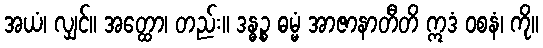
အယံ၊ လျှင်။ အတ္ထော၊ တည်း။ ဒန္ဓဉ္စ ဓမ္မံ အာဇာနာတီတိ ဣဒံ ဝစနံ၊ ကို။